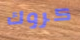
كروك